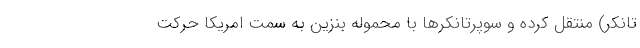
تانکر) منتقل کرده و سوپرتانکرها با محموله بنزین به سمت امریکا حرکت